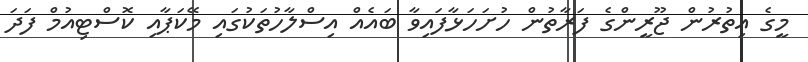
މީގެ އިތުރުން ޖޫރީންގެ ފަރާތުން ހުށަހަޅާފައިވާ ބައެއް އިސްލާހުތަކުގައި މޭކަޕާއި ކޮސްޓިއުމް ފަދަ